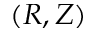
( R , Z )